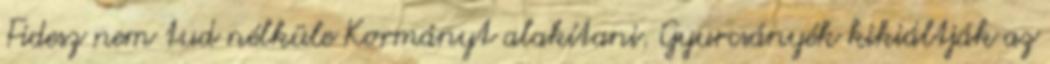
Fi­desz nem tud nélküle Kormányt alakítani. Gyurcsányék ki­ki­ált­ják az